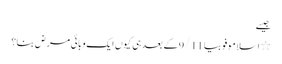
جیسے
٭ اسلاموفوبیا 9/11 کے بعد ہی کیوں ایک وبائی مرض بنا؟